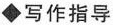
◆写作指导